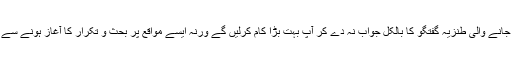
آج اپنے کام کے دوران میں دوسروں کی جانب سے کی جانے والی طنزیہ گفتگو کا بالکل جواب نہ دے کر آپ بہت بڑا کام کرلیں گے ورنہ ایسے مواقع پر بحث و تکرار کا آغاز ہونے سے کئی قسم کے جاری کاروباری معاملات رک جاتے ہیں۔